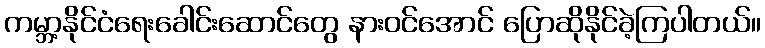
ကမ္ဘာ့နိုင်ငံရေးခေါင်းဆောင်တွေ နားဝင်အောင် ပြောဆိုနိုင်ခဲ့ကြပါတယ်။